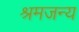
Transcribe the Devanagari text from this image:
श्रमजन्य